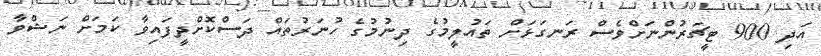
އަދި 900 ޓީޗަރުންނަށްވެސް ރަނގަޅަށް ތައުލީމުގެ ދިނުމުގެ ހުނަރުތައް ދަސްކޮށްދީފައިވާ ކަމަށް ނަޝްވާ